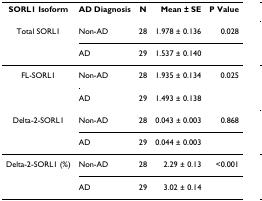
<table><thead><tr><td><b>SORL1 Isoform</b></td><td><b>AD Diagnosis</b></td><td><b>N</b></td><td><b>Mean ± SE</b></td><td><b>P Value</b></td></tr></thead><tbody><tr><td>Total SORL1</td><td>Non-AD</td><td>28</td><td>1.978 ± 0.136</td><td>0.028</td></tr><tr><td></td><td>AD</td><td>29</td><td>1.537 ± 0.140</td><td></td></tr><tr><td>FL-SORL1</td><td>Non-AD</td><td>28</td><td>1.935 ± 0.134</td><td>0.025</td></tr><tr><td></td><td>AD</td><td>29</td><td>1.493 ± 0.138</td><td></td></tr><tr><td>Delta-2-SORL1</td><td>Non-AD</td><td>28</td><td>0.043 ± 0.003</td><td>0.868</td></tr><tr><td></td><td>AD</td><td>29</td><td>0.044 ± 0.003</td><td></td></tr><tr><td>Delta-2-SORL1 (%)</td><td>Non-AD</td><td>28</td><td>2.29 ± 0.13</td><td>&lt;0.001</td></tr><tr><td></td><td>AD</td><td>29</td><td>3.02 ± 0.14</td><td></td></tr></tbody></table>